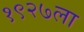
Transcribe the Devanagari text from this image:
१९२७ला